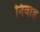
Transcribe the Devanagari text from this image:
निवाह